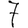
Digit: 7